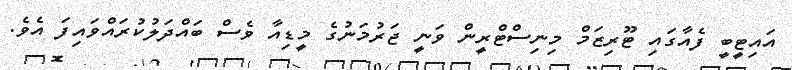
އައިޓީބީ ފެއާގައި ޓޫރިޒަމް މިނިސްޓްރީން ވަނީ ޖަރުމަނުގެ މީޑިއާ ވެސް ބައްދަލުކުރައްވައިފަ އެވެ.